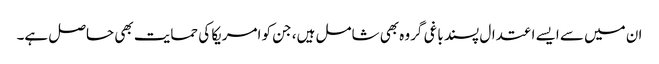
ان میں سے ایسے اعتدال پسند باغی گروہ بھی شامل ہیں، جن کو امریکا کی حمایت بھی حاصل ہے۔